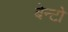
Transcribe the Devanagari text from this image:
बेन्टो